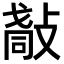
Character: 𢿀